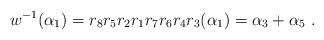
LaTeX: \begin{align*}w^{-1}(\alpha_1)=r_8r_5r_2r_1r_7r_6r_4r_3(\alpha_1)=\alpha_3+\alpha_5~.\end{align*}